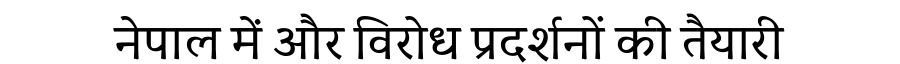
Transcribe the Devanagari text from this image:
नेपाल में और विरोध प्रदर्शनों की तैयारी